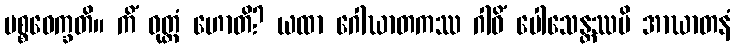
ပစ္စဝေက္ခတိ။ ကိံ ဝုတ္တံ ဟောတိ? ယထာ ဂေါဃာတကဿ ဂါဝိံ ပေါသေန္တဿပိ အာဃာတနံ